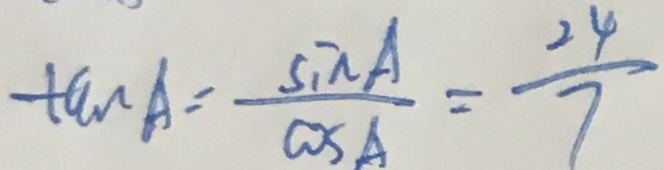
\tan A = \frac { \sin A } { \cos A } = \frac { 2 4 } { 7 }